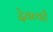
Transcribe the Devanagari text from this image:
देवत्वहै